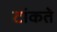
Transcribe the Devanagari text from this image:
टांकते